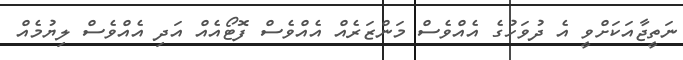
ނަތީޖާއަކަށްވީ އެ ދުވަހުގެ އެއްވެސް މަންޒަރެއް އެއްވެސް ފޮޓޯއެއް އަދި އެއްވެސް ލިޔުމެއް